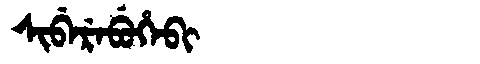
Manchu: ᠰᡳᠪᡝᡵᡝᠪᡠᡥᡝᠪᡳ
Romanization: SIBEREBUHEBI